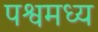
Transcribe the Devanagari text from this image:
पश्वमध्य